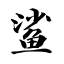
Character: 鲨